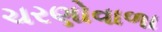
ચરણોવાળા